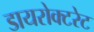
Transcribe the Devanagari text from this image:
डायरोक्टरेट